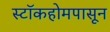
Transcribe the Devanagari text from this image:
स्टॉकहोमपासून